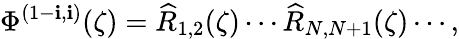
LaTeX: \Phi^{(1-\mathbf{i},\mathbf{i})}(\zeta)=\widehat{{R}}_{1,2}(\zeta)\cdots\widehat{{R}}_{N,N+1}(\zeta)\cdots,